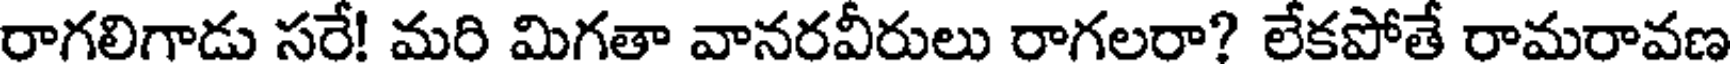
రాగలిగాడు సరే! మరి మిగతా వానరవీరులు రాగలరా? లేకపోతే రామరావణ